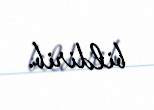
bildirib.